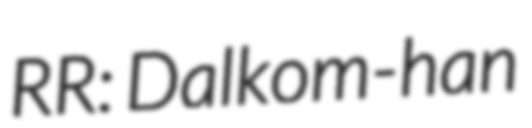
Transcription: RR: Dalkom-han